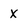
Character: x